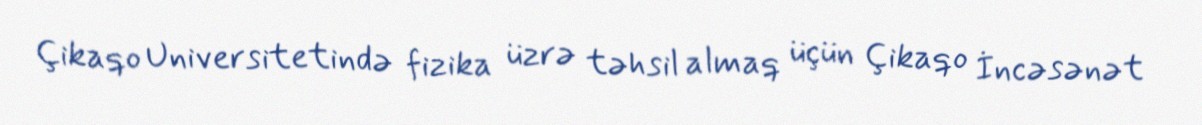
Çikaqo Universitetində fizika üzrə təhsil almaq üçün Çikaqo İncəsənət